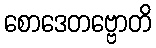
စောဒေတဗ္ဗောတိ